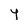
Character: Y